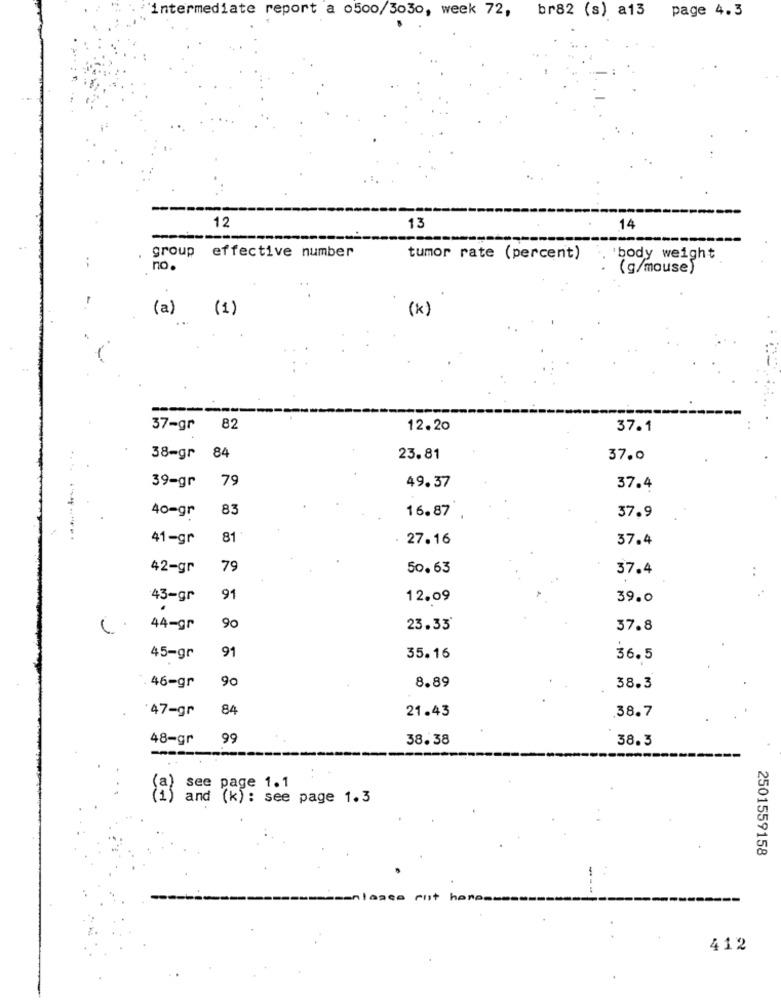
page 4.3
intermediate report a o500/3030, week 72, br82 (s) a13
12
13
14
group effective number
tumor rate (percent)
body weight
no.
(g/mouse)
(a) (1)
(k)
---
37-gr
82
12.20
37.1
38-gr 84
23.81
37.0
39-gr
79
49.37
37.4
40=gr
83
16.87
37.9
41-gr
81
. 27.16
37.4
42-gr
79
50.63
37.4
43-gr
91
12.09
39.0
44-gr
90
23.33'
37.8
91
45-gr
35.16
36.5
. 46-gr
90
8.89
38.3
47-gr
84
21.43
38.7
48-gr
99
38.38
38.3
see page 1.1
and (k): see page 1.3
2501559158
412